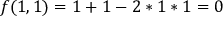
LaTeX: f ( 1 , 1 ) = 1 + 1 - 2 * 1 * 1 = 0